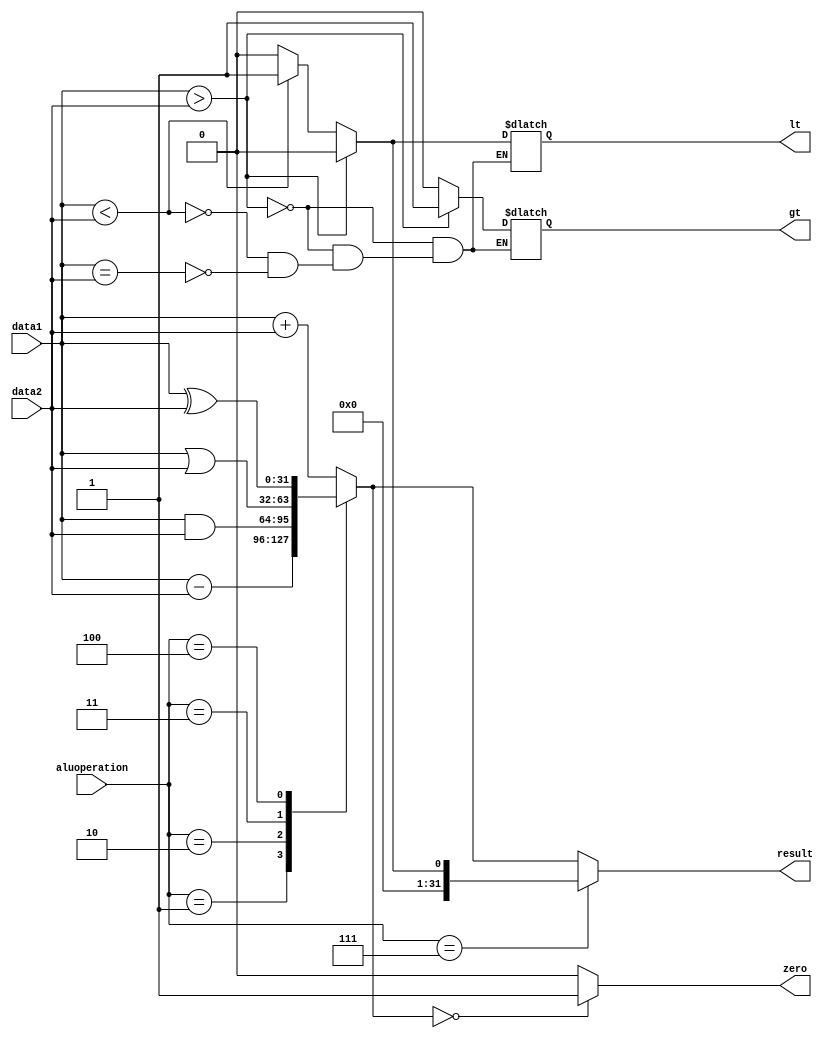
module ALU(input [31:0] data1,data2,input [3:0] aluoperation,output reg [31:0] result,output reg zero,lt,gt);

  always@(aluoperation,data1,data2)
  begin
    case (aluoperation)
      4'b0000 : result = data1 + data2; // ADD
      4'b0001 : result = data1 - data2; // SUB
      4'b0010 : result = data1 & data2; // AND
      4'b0011 : result = data1 | data2; // OR
      4'b0100 : result = data1 ^ data2; // XOR
      default : result = data1 + data2; // ADD
    endcase

	//$display("data1: %d, data2: %d, aluop: %d, result: %d", data1, data2, aluoperation, result);
    if(data1 == data2)
      begin
       gt = 1'b0;
       lt = 1'b0;
      end
    if(data1>data2)
      begin
       gt = 1'b1;
       lt = 1'b0; 
      end else if(data1<data2)
      begin
       gt = 1'b0;
       lt = 1'b1;  
      end
      
    if (result==32'd0) zero=1'b1;
    else zero=1'b0;

    if (aluoperation == 4'b0111) result = lt;
     
  end
  

endmodule